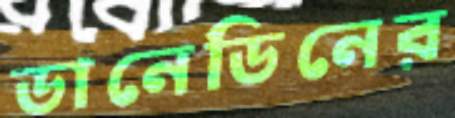
ডানেডিনের